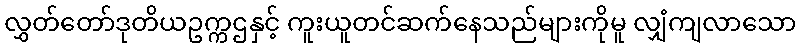
လွှတ်တော်ဒုတိယဥက္ကဌနှင့် ကူးယူတင်ဆက်နေသည်များကိုမူ လျှံကျလာသော